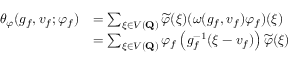
\begin{array} { r l } { \theta _ { \varphi } ( g _ { f } , v _ { f } ; \varphi _ { f } ) } & { = \sum _ { \xi \in V ( \mathbf { Q } ) } \widetilde { \varphi } ( \xi ) ( \omega ( g _ { f } , v _ { f } ) \varphi _ { f } ) ( \xi ) } \\ & { = \sum _ { \xi \in V ( \mathbf { Q } ) } \varphi _ { f } \left( g _ { f } ^ { - 1 } ( \xi - v _ { f } ) \right) \widetilde { \varphi } ( \xi ) } \end{array}